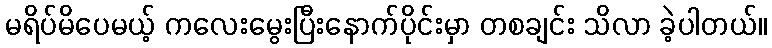
မရိပ်မိပေမယ့် ကလေးမွေးပြီးနောက်ပိုင်းမှာ တစချင်း သိလာ ခဲ့ပါတယ်။